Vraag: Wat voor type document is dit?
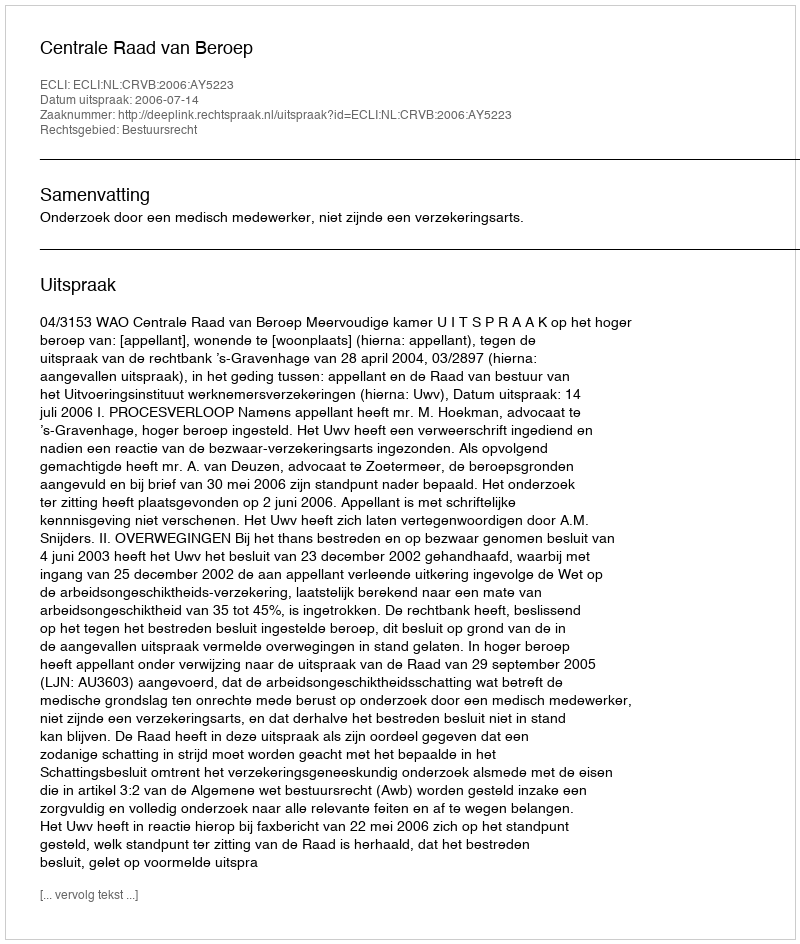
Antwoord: Uitspraak